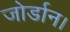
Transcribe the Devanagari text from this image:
जोर्डान।